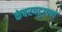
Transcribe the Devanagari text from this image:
कंबरपट्टापण